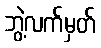
ဘွဲ့လက်မှတ်